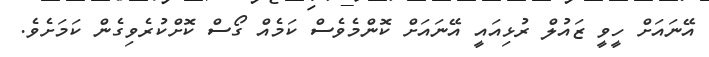
އޭނައަށް ހީވީ ޒައުލް ރުޅިއައީ އޭނައަށް ކޮންމެވެސް ކަމެއް ގޯސް ކޮށްކުރެވިގެން ކަމަށެވެ.